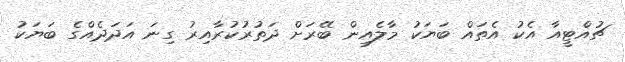
ޗުއްޓީއާ އެކު އެތައް ބަޔަކު މާލެއިން ބޭރަށް ދަތުރުކުރާއިރު ގިނަ އަދަދެއްގެ ބަޔަކު